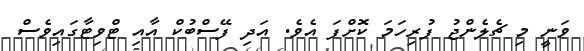
ވަނީ މި ޗެލެންޖު ފުރިހަމަ ކޮށްފަ އެވެ. އަދި ފޭސްބުކް އާއި ޓްވިޓާގައިވެސް